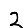
Digit: 2